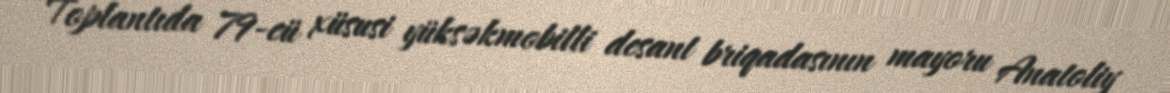
Toplantıda 79-cü xüsusi yüksəkmobilli desant briqadasının mayoru Anatoliy